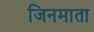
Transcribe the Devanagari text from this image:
जिनमाता